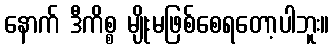
နောက် ဒီကိစ္စ မျိုးမဖြစ်စေရတော့ပါဘူး။